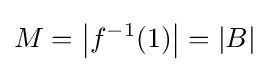
M=\left\vert f^{-1}(1)\right\vert =\vert B\vert